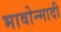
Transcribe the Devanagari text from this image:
भावोन्मादी